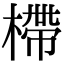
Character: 㯂